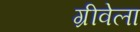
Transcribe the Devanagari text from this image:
ग्रीवेला